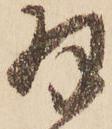
羽